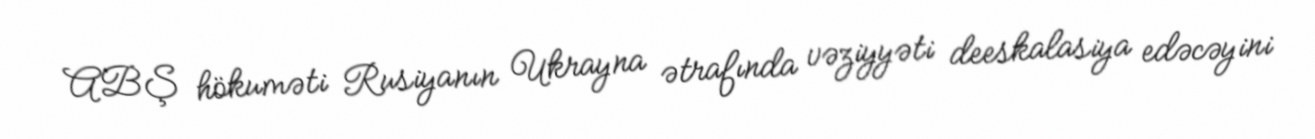
ABŞ hökuməti Rusiyanın Ukrayna ətrafında vəziyyəti deeskalasiya edəcəyini